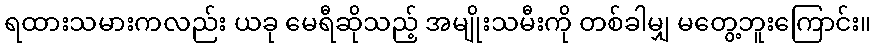
ရထားသမားကလည်း ယခု မေရီဆိုသည့် အမျိုးသမီးကို တစ်ခါမျှ မတွေ့ဘူးကြောင်း။